Civil Veterinary Dept. North-West Frontier Province 1901-22 - 1901-1922
Year: 1901
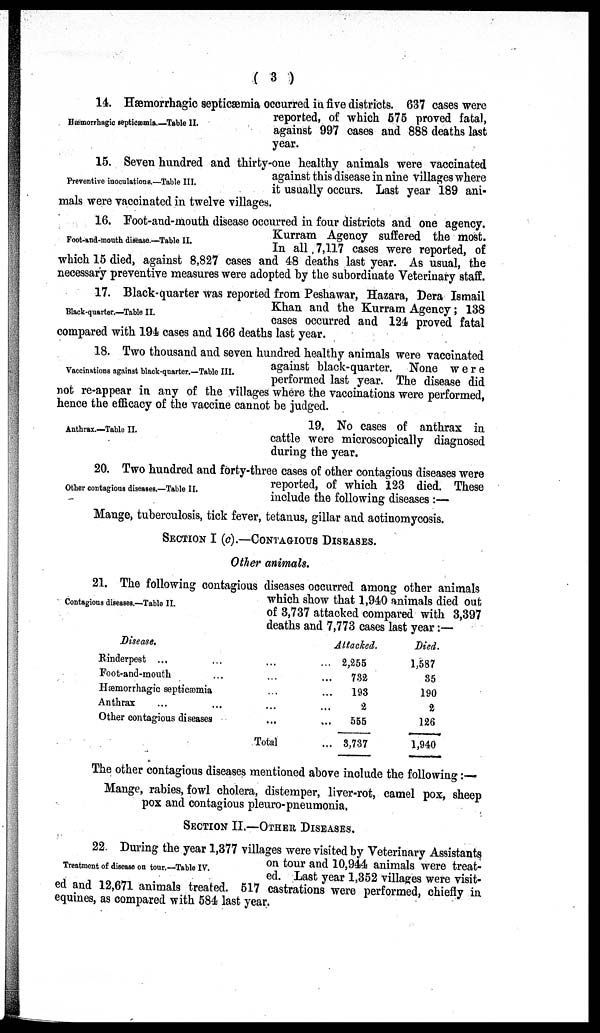
( 3 )
Hæmorrhagic septicæmia.—Table II.
14. Hæmorrhagic septicæmia occurred in five districts. 637 cases were
reported, of which 575 proved fatal,
against 997 cases and 888 deaths last
year.
Preventive inoculations.—Table III.
15. Seven hundred and thirty-one healthy animals were vaccinated
against this disease in nine villages where
it usually occurs. Last year 189 ani-
mals were vaccinated in twelve villages.
Foot-and-mouth disease.—Table II.
16. Foot-and-mouth disease occurred in four districts and one agency.
Kurram Agency suffered the most.
In all 7,117 cases were reported, of
which 15 died, against 8,827 cases and 48 deaths last year. As usual, the
necessary preventive measures were adopted by the subordinate Veterinary staff.
Black-quarter.—Table II.
17. Black-quarter was reported from Peshawar, Hazara, Dera Ismail
Khan and the Kurram Agency; 138
cases occurred and 124 proved fatal
compared with 194 cases and 166 deaths last year.
Vaccinations against black-quarter.—Table III.
18. Two thousand and seven hundred healthy animals were vaccinated
against black-quarter. None were
performed last year. The disease did
not re-appear in any of the villages where the vaccinations were performed,
hence the efficacy of the vaccine cannot be judged.
Anthrax.—Table II.
19. No cases of anthrax in
cattle were microscopically diagnosed
during the year.
Other contagious diseases.—Table II.
20. Two hundred and forty-three cases of other contagious diseases were
reported, of which 123 died. These
include the following diseases :—
Mange, tuberculosis, tick fever, tetanus, gillar and actinomycosis.
SECTION I (c).—CONTAGIOUS DISEASES.
Other animals.
Contagious diseases.—Table II.
21. The following contagious diseases occurred among other animals
which show that 1,940 animals died out
of 3,737 attacked compared with 3,397
deaths and 7,773 cases last year :—
Disease.
Rinderpest ... ...
Foot-and-mouth ...
Hæmorrhagic septicæmia
Anthrax ... ...
Other contagious diseases
...
...
...
...
...
Total
Attacked.
... 2,255
... 732
... 193
... 2
... 555
... 3,737
Died.
1,587
35
190
2
126
1,940
The other contagious diseases mentioned above include the following :—
Mange, rabies, fowl cholera, distemper, liver-rot, camel pox, sheep
pox and contagious pleuro-pneumonia.
SECTION II.—OTHER DISEASES.
Treatment of disease on tour.—Table IV.
22. During the year 1,377 villages were visited by Veterinary Assistants
on tour and 10,944 animals were treat-
ed. Last year 1,352 villages were visit-
ed and 12,671 animals treated. 517 castrations were performed, chiefly in
equines, as compared with 584 last year.